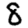
Digit: 8